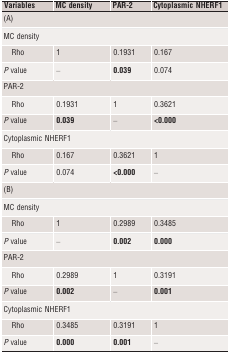
<table><thead><tr><td><b>Variables</b></td><td><b>MC density</b></td><td><b>PAR-2</b></td><td><b>Cytoplasmic NHERF1</b></td></tr></thead><tbody><tr><td colspan="4">(A)</td></tr><tr><td colspan="4">MC density</td></tr><tr><td> Rho</td><td>1</td><td>0.1931</td><td>0.167</td></tr><tr><td><i>P</i> value</td><td>–</td><td><b>0.039</b></td><td>0.074</td></tr><tr><td colspan="4">PAR-2</td></tr><tr><td> Rho</td><td>0.1931</td><td>1</td><td>0.3621</td></tr><tr><td><i>P</i> value</td><td><b>0.039</b></td><td>–</td><td><b>&lt;0.000</b></td></tr><tr><td colspan="4">Cytoplasmic NHERF1</td></tr><tr><td> Rho</td><td>0.167</td><td>0.3621</td><td>1</td></tr><tr><td><i>P</i> value</td><td>0.074</td><td><b>&lt;0.000</b></td><td>–</td></tr><tr><td colspan="4">(B)</td></tr><tr><td colspan="4">MC density</td></tr><tr><td> Rho</td><td>1</td><td>0.2989</td><td>0.3485</td></tr><tr><td><i>P</i> value</td><td>–</td><td><b>0.002</b></td><td><b>0.000</b></td></tr><tr><td colspan="4">PAR-2</td></tr><tr><td> Rho</td><td>0.2989</td><td>1</td><td>0.3191</td></tr><tr><td><i>P</i> value</td><td><b>0.002</b></td><td>–</td><td><b>0.001</b></td></tr><tr><td colspan="4">Cytoplasmic NHERF1</td></tr><tr><td> Rho</td><td>0.3485</td><td>0.3191</td><td>1</td></tr><tr><td><i>P</i> value</td><td><b>0.000</b></td><td><b>0.001</b></td><td>–</td></tr></tbody></table>